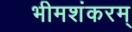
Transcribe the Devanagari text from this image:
भीमशंकरम्